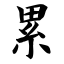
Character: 累